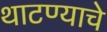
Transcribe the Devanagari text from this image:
थाटण्याचे